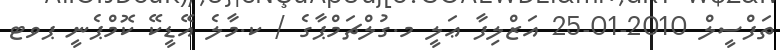
ތަފްސީލް 2010-01-25 އަޒްލިފާ ޢަލީ މ.ގުލްޗަމްޕާގެ / ކ.މާލެ އޭޑީކޭ ކޮމްޕެނީ ޕވޓ